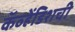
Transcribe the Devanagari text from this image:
कॅव्हेंडिशची